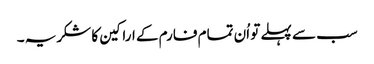
سب سے پہلے تو اُن تمام فارم کے اراکین کا شکریہ ۔